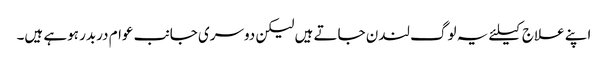
اپنے علاج کیلئے یہ لوگ لندن جاتے ہیں لیکن دوسری جانب عوام دربدر ہوہے ہیں۔